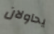
يحاولان